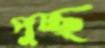
পুচ্ছ